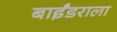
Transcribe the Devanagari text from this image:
बाईंडराला